Scientific memoirs by medical officers of the Army of India - Part III,
Year: 1887
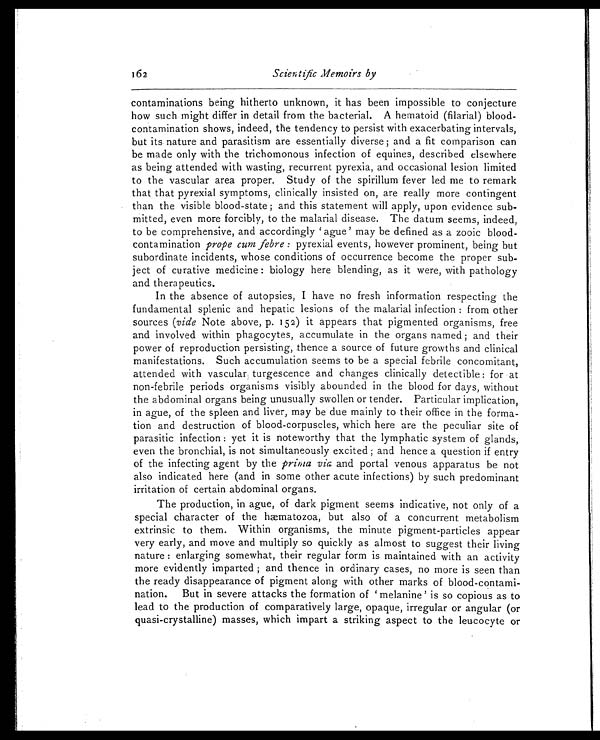
162 Scientific Memoirs by
contaminations being hitherto unknown, it has been impossible to conjecture
how such might differ in detail from the bacterial. A hematoid (filarial) blood-
contamination shows, indeed, the tendency to persist with exacerbating intervals,
but its nature and parasitism are essentially diverse ; and a fit comparison can
be made only with the trichomonous infection of equines, described elsewhere
as being attended with wasting, recurrent pyrexia, and occasional lesion limited
to the vascular area proper. Study of the spirillum fever led me to remark
that that pyrexial symptoms, clinically insisted on, are really more contingent
than the visible blood-state ; and this statement will apply, upon evidence sub-
-mitted, even more forcibly, to the malarial disease. The datum seems, indeed,
to be comprehensive, and accordingly ‘ague’ may be defined as a zooic blood-
contamination prope cum febre : pyrexial events, however prominent, being but
subordinate incidents, whose conditions of occurrence become the proper sub-
ject of curative medicine : biology here blending, as it were, with pathology
and therapeutics.
In the absence of autopsies, I have no fresh information respecting the
fundamental splenic and hepatic lesions of the malarial infection : from other
sources (vide Note above, p. 152) it appears that pigmented organisms, free
and involved within phagocytes, accumulate in the organs named ; and their
power of reproduction persisting, thence a source of future growths and clinical
manifestations. Such accumulation seems to be a special febrile concomitant,
attended with vascular and changes clinically detectible : for at
non-febrile periods organisms visibly abounded in the blood for days, without
the abdominal organs being unusually swollen or tender. Particular implication,
in ague, of the spleen and liver, may be due mainly to their office in the forma-
tion and destruction of blood-corpuscles, which here are the peculiar site of
parasitic infection : yet it is noteworthy that the lymphatic system of glands,
even the bronchial, is not simultaneously excited ; and hence a question if entry
of the infecting agent by the prima via and portal venous apparatus be not
also indicated here (and in some other acute infections) by such predominant
irritation of certain abdominal organs.
The production, in ague, of dark pigment seems indicative, not only of a
special character of the hæmatozoa, but also of a concurrent metabolism
extrinsic to them. Within organisms, the minute pigment-particles appear
very early, and move and multiply so quickly as almost to suggest their living
nature : enlarging somewhat, their regular form is maintained with an activity
more evidently imparted ; and thence in ordinary cases, no more is seen than
the ready disappearance of pigment along with other marks of blood-contami-
nation. But in severe attacks the formation of ‘melanine’ is so copious as to
lead to the production of comparatively large, opaque, irregular or angular (or
quasi-crystalline) masses, which impart a striking aspect to the leucocyte or